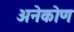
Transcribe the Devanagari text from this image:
अनेकोण